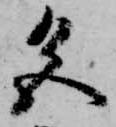
色